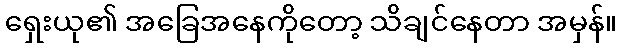
ရှေးယု၏ အခြေအနေကိုတော့ သိချင်နေတာ အမှန်။